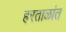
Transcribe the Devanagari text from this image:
हरताळांत